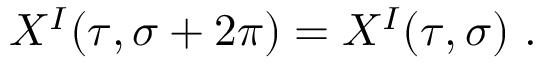
X ^ { I } ( \tau , \sigma + 2 \pi ) = X ^ { I } ( \tau , \sigma ) ~ .